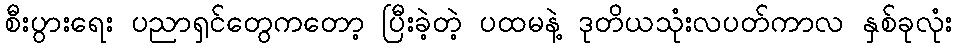
စီးပွားရေး ပညာရှင်တွေကတော့ ပြီးခဲ့တဲ့ ပထမနဲ့ ဒုတိယသုံးလပတ်ကာလ နှစ်ခုလုံး